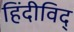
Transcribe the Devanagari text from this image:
हिंदीविद्‍